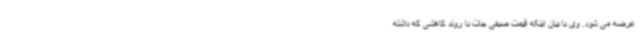
عرضه می شود. وی با بیان اینکه قیمت صیفی جات با روند کاهشی که داشته